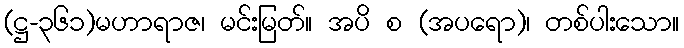
(ဋ္ဌ-၃၆၁)မဟာရာဇ၊ မင်းမြတ်။ အပိ စ (အပရော)၊ တစ်ပါးသော။